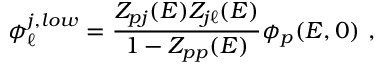
\phi _ { \ell } ^ { j , l o w } = { \frac { Z _ { p j } ( E ) Z _ { j \ell } ( E ) } { 1 - Z _ { p p } ( E ) } } \phi _ { p } ( E , 0 ) \ ,